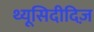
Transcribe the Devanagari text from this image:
थ्यूसिदीदिज़